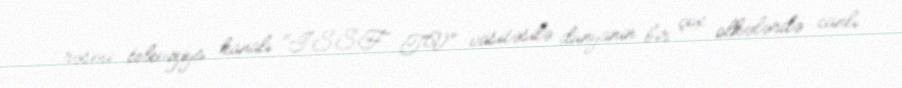
rəsmi televiziya kanalı "ISSF TV" vasitəsilə dünyanin bir çox olkələrdə canlı